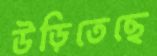
উড়িতেছে